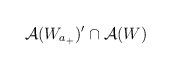
LaTeX: \begin{align*}\mathcal{A}(W_{a_{+}})^{\prime}\cap\mathcal{A}(W)\end{align*}